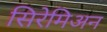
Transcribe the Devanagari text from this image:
सिरेमिअन